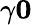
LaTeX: \gamma\le 0